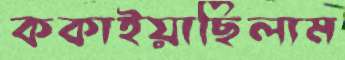
ককাইয়াছিলাম